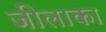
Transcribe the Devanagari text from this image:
जीलाका